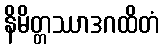
နိမိတ္တဿာဒဂထိတံ